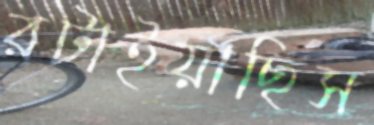
রটাইয়াছিস